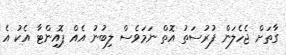
ގާތަށް ޖެހެލަން ފުރުސަތު އޮތް ނަމަވެސް ލިބުނު އެއް ޕޮއިންޓާ އެކު އެ